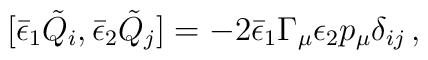
[{\bar\epsilon}_1{\tilde Q}_i,{\bar\epsilon}_2{\tilde Q}_j] =-2{\bar\epsilon_1}\Gamma_\mu\epsilon_2 p_\mu\delta_{ij}\, ,